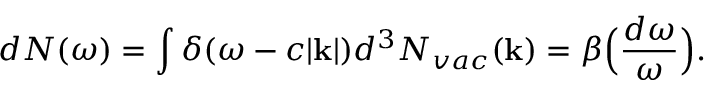
d N ( \omega ) = \int \delta ( \omega - c | { \bf k } | ) d ^ { 3 } N _ { v a c } ( { \bf k } ) = \beta \Big ( { \frac { d \omega } { \omega } } \Big ) .